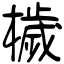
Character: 檅